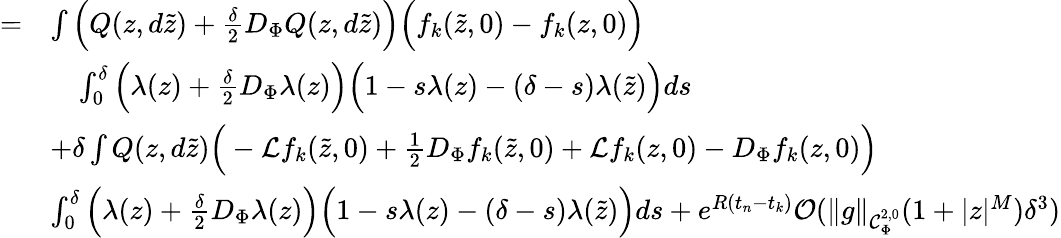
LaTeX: \begin{array}{rl}{=}&{\int\Big(Q(z,d\tilde{z})+\frac{\delta}{2}D_{\Phi}Q(z,d\tilde{z})\Big)\Big(f_{k}(\tilde{z},0)-f_{k}(z,0)\Big)}\\ &{\quad\int_{0}^{\delta}\Big(\lambda(z)+\frac{\delta}{2}D_{\Phi}\lambda(z)\Big)\Big(1-s\lambda(z)-(\delta-s)\lambda(\tilde{z})\Big)ds}\\ &{+\delta\int Q(z,d\tilde{z})\Big(-\mathcal{L}f_{k}(\tilde{z},0)+\frac{1}{2}D_{\Phi}f_{k}(\tilde{z},0)+\mathcal{L}f_{k}(z,0)-D_{\Phi}f_{k}(z,0)\Big)}\\ &{\int_{0}^{\delta}\Big(\lambda(z)+\frac{\delta}{2}D_{\Phi}\lambda(z)\Big)\Big(1-s\lambda(z)-(\delta-s)\lambda(\tilde{z})\Big)ds+e^{R(t_{n}-t_{k})}\mathcal{O}(\lVert g\rVert_{\mathcal{C}_{\Phi}^{2,0}}(1+\lvert z\rvert^{M})\delta^{3})}\end{array}